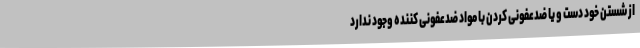
از شستن خود دست و یا ضدعفونی کردن با مواد ضدعفونی کننده وجود ندارد